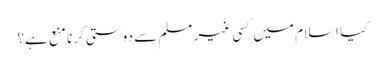
کیا اسلام میں کسی غیر مسلم سے دوستی کرنا منع ہے؟